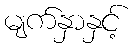
မျက်နှာနှင့်